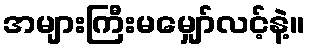
အများကြီးမမျှော်လင့်နဲ့။